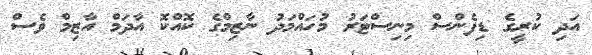
އަދި ކުރީގެ ޑިފެންސް މިނިސްޓަރު މުހައްމަދު ނާޒިމްގެ ކޮއްކޮ އާދަމް އާޒިމް ވެސް